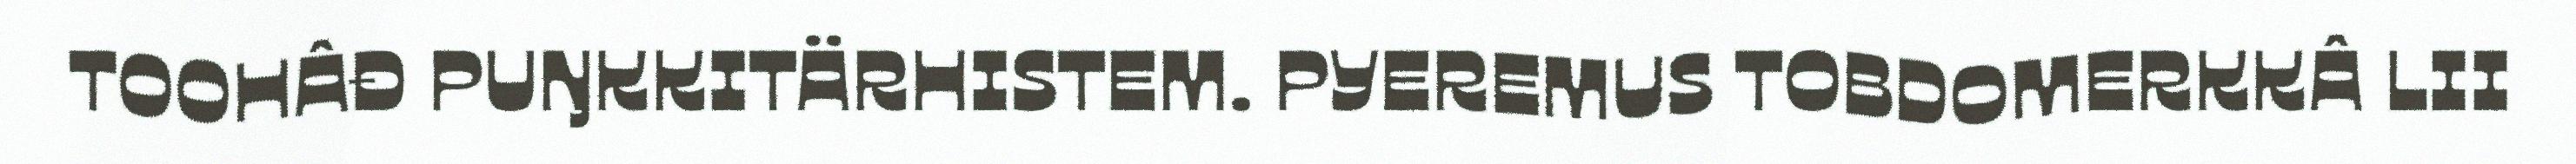
TOOHÂĐ PUŊKKITÄRHISTEM. PYEREMUS TOBDOMERKKÂ LII